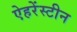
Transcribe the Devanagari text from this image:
ऐहरेंस्टीन